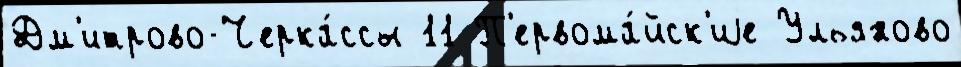
Дм'итрово-Черка́ссы 11 П'ервома́йск'иjе Ульяново